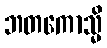
ဘတကောသ္မိ